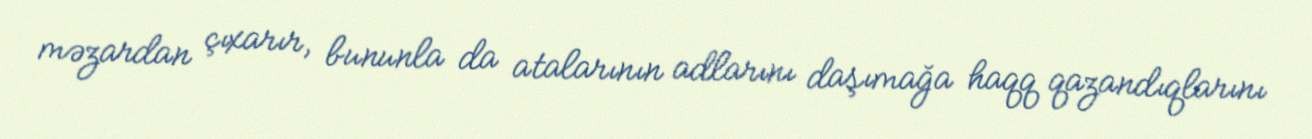
məzardan çıxarır, bununla da atalarının adlarını daşımağa haqq qazandıqlarını